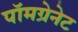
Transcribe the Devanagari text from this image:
पॉमग्रेनेट